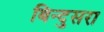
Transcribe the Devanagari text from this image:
बिन्दुसरा